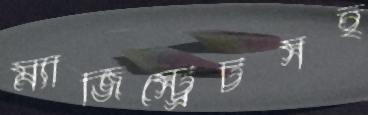
ম্যাজিস্ট্রেটসহ